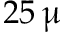
2 5 \, \upmu